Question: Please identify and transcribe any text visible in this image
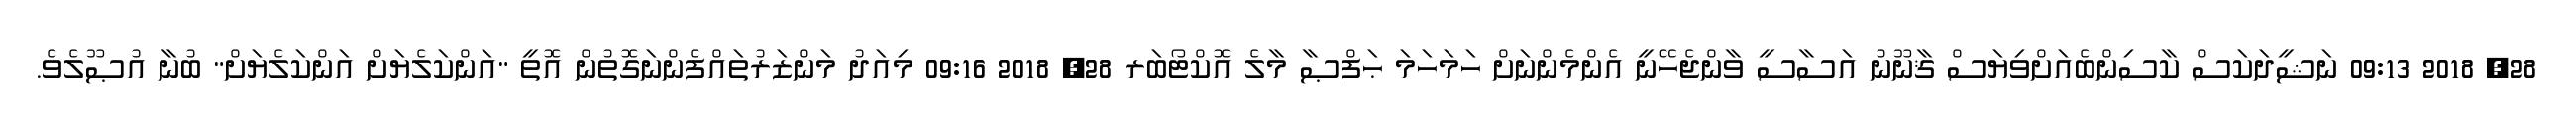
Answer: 28, 2018 09:13 ނަޝީދަކަސް ކާސިންބެއަށްވިޔަސް ޤާނޫނު އަސާސީ ވާންޖެހޭނީ އެންމެންނަށް ހަމަހަމަ ޙަފްޞާ މާލެ އޮކްޓޯބަރ 28, 2018 09:16 މިއަދު މަންޒަރުތައްފެންނަގޮތުން އޮތީ "އަންކަލެޔަށް އަންކަލެޔަށް" ބުނާ އުޞޫލެވެ.